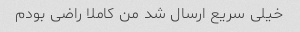
خیلی سریع ارسال شد من کاملا راضی بودم